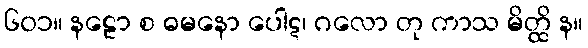
၆၀၁။ နဠော စ ဓမနော ပေါဋ၊ ဂလော တု ကာသ မိတ္ထိ န။